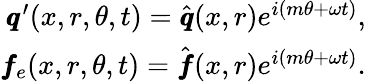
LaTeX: \begin{array}{r}{\pmb q^{\prime}(x,r,\theta,t)=\hat{\pmb q}(x,r)e^{i(m\theta+\omega t)},}\\ {\pmb f_{e}(x,r,\theta,t)=\hat{\pmb f}(x,r)e^{i(m\theta+\omega t)}.}\end{array}